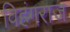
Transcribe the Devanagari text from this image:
विहंगराज